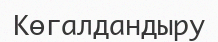
Көгалдандыру